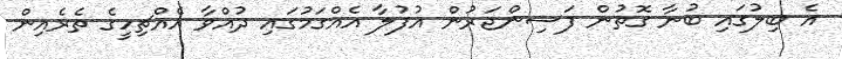
އެ ބިލުގައި ބުނާ ގޮތުން ފަސިންޖަރުން އުފުލާ އެއްގަމުގައި ދުއްވާ އެއްޗިހީގެ ތެރެއިން